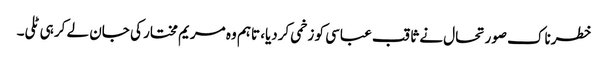
خطرناک صورتحال نے ثاقب عباسی کو زخمی کردیا، تاہم وہ مریم مختار کی جان لے کر ہی ٹلی۔